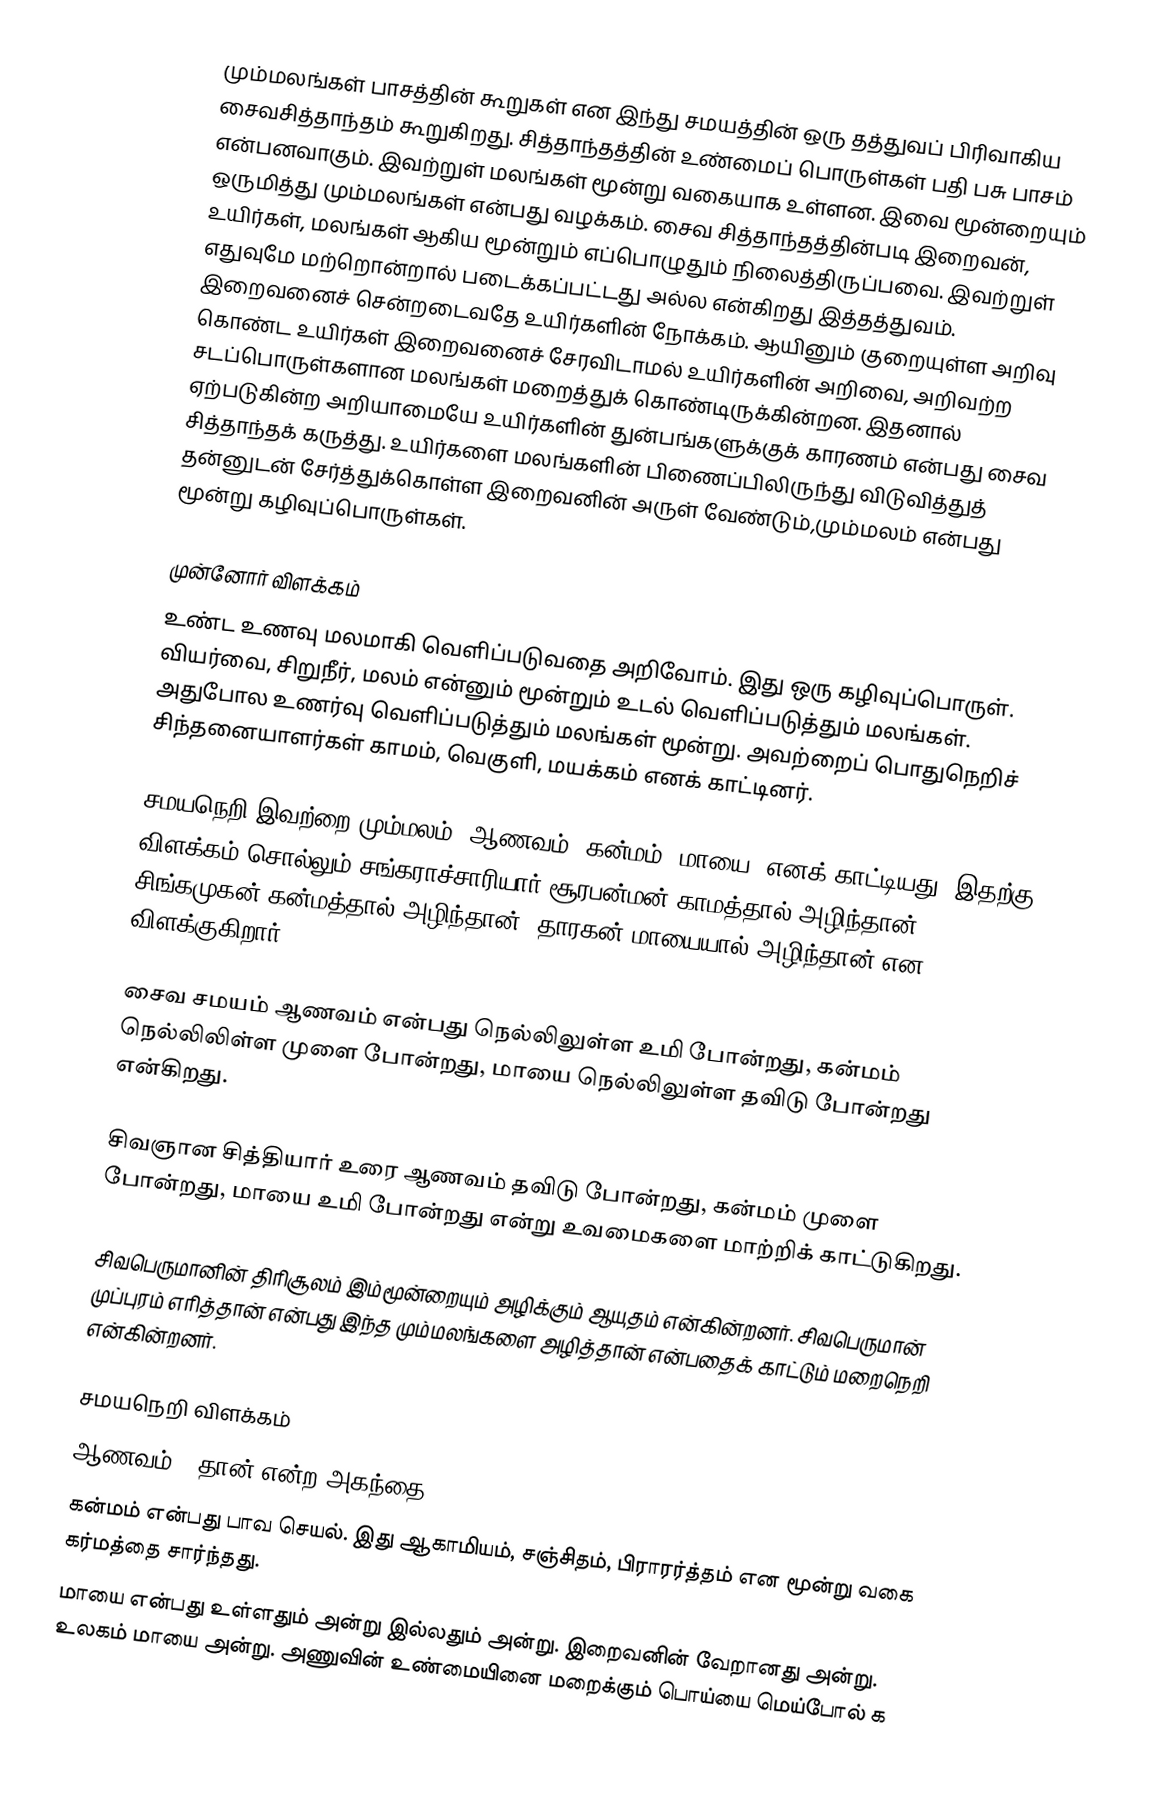
மும்மலங்கள் பாசத்தின் கூறுகள் என இந்து சமயத்தின் ஒரு தத்துவப் பிரிவாகிய சைவசித்தாந்தம் கூறுகிறது. சித்தாந்தத்தின் உண்மைப் பொருள்கள் பதி பசு பாசம் என்பனவாகும். இவற்றுள் மலங்கள் மூன்று வகையாக உள்ளன. இவை மூன்றையும் ஒருமித்து மும்மலங்கள் என்பது வழக்கம். சைவ சித்தாந்தத்தின்படி இறைவன், உயிர்கள், மலங்கள் ஆகிய மூன்றும் எப்பொழுதும் நிலைத்திருப்பவை. இவற்றுள் எதுவுமே மற்றொன்றால் படைக்கப்பட்டது அல்ல என்கிறது இத்தத்துவம். இறைவனைச் சென்றடைவதே உயிர்களின் நோக்கம். ஆயினும் குறையுள்ள அறிவு கொண்ட உயிர்கள் இறைவனைச் சேரவிடாமல் உயிர்களின் அறிவை, அறிவற்ற சடப்பொருள்களான மலங்கள் மறைத்துக் கொண்டிருக்கின்றன. இதனால் ஏற்படுகின்ற அறியாமையே உயிர்களின் துன்பங்களுக்குக் காரணம் என்பது சைவ சித்தாந்தக் கருத்து. உயிர்களை மலங்களின் பிணைப்பிலிருந்து விடுவித்துத் தன்னுடன் சேர்த்துக்கொள்ள இறைவனின் அருள் வேண்டும்,மும்மலம் என்பது மூன்று கழிவுப்பொருள்கள்.

முன்னோர் விளக்கம்
உண்ட உணவு மலமாகி வெளிப்படுவதை அறிவோம். இது ஒரு கழிவுப்பொருள். வியர்வை, சிறுநீர், மலம் என்னும் மூன்றும் உடல் வெளிப்படுத்தும் மலங்கள். அதுபோல உணர்வு வெளிப்படுத்தும் மலங்கள் மூன்று. அவற்றைப் பொதுநெறிச் சிந்தனையாளர்கள் காமம், வெகுளி, மயக்கம் எனக் காட்டினர்.

சமயநெறி இவற்றை மும்மலம் (ஆணவம், கன்மம், மாயை) எனக் காட்டியது. இதற்கு விளக்கம் சொல்லும் சங்கராச்சாரியார் சூரபன்மன் காமத்தால் அழிந்தான், சிங்கமுகன் கன்மத்தால் அழிந்தான், தாரகன் மாயையால் அழிந்தான் என விளக்குகிறார்.

சைவ சமயம் ஆணவம் என்பது நெல்லிலுள்ள உமி போன்றது, கன்மம்  நெல்லிலிள்ள முளை போன்றது, மாயை நெல்லிலுள்ள தவிடு போன்றது என்கிறது.

சிவஞான சித்தியார் உரை  ஆணவம் தவிடு போன்றது, கன்மம் முளை போன்றது, மாயை உமி போன்றது என்று உவமைகளை மாற்றிக் காட்டுகிறது.

சிவபெருமானின் திரிசூலம் இம்மூன்றையும் அழிக்கும் ஆயுதம் என்கின்றனர். சிவபெருமான் முப்புரம் எரித்தான் என்பது இந்த மும்மலங்களை அழித்தான் என்பதைக் காட்டும் மறைநெறி என்கின்றனர்.

சமயநெறி விளக்கம்
ஆணவம் = தான் என்ற அகந்தை,
கன்மம் என்பது பாவ செயல். இது ஆகாமியம், சஞ்சிதம், பிராரர்த்தம் என மூன்று வகை கர்மத்தை சார்ந்தது.
மாயை என்பது உள்ளதும் அன்று இல்லதும் அன்று. இறைவனின் வேறானது அன்று. உலகம் மாயை அன்று. அணுவின் உண்மையினை மறைக்கும் பொய்யை மெய்போல் க